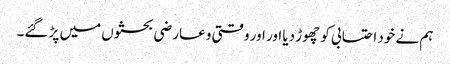
ہم نے خود احتسابی کو چھوڑ دیا اور اور وقتی و عارضی بحثوں میں پڑ گئے۔